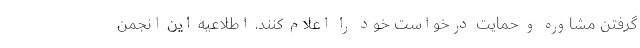
گرفتن مشاوره و حمایت درخواست خود را اعلام کنند. اطلاعیه این انجمن